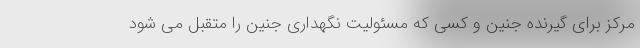
مرکز برای گیرنده جنین و کسی که مسئولیت نگهداری جنین را متقبل می شود